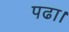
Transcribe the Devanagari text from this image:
पढा।